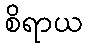
စိရာယ